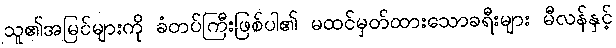
သူ၏အမြင်များကို ခံတပ်ကြီးဖြစ်ပါ၏ မထင်မှတ်ထားသောခရီးများ မီလန်နှင့်